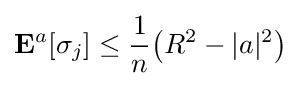
\mathbf {E} ^{a}[\sigma _{j}]\leq {\frac {1}{n}}{\big (}R^{2}-|a|^{2}{\big )}